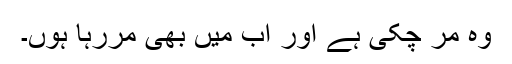
وہ مر چکی ہے اور اب میں بھی مررہا ہوں۔